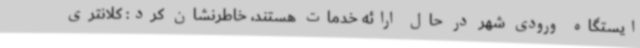
ایستگاه ورودی شهر در حال ارائه خدمات هستند، خاطرنشان کرد: کلانتری